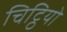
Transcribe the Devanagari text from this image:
चिट्ठियो